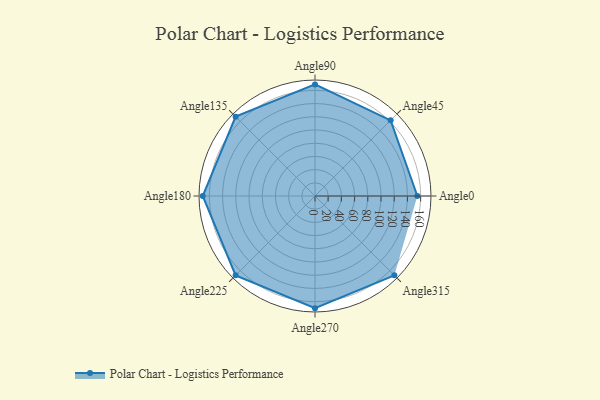
{"axis": {"x": "Angle", "y": "Radius"}, "legend": [""], "data": [{"x": "Angle0", "y": 155.0, "type": ""}, {"x": "Angle45", "y": 162.0, "type": ""}, {"x": "Angle90", "y": 169.0, "type": ""}, {"x": "Angle135", "y": 170, "type": ""}, {"x": "Angle180", "y": 170, "type": ""}, {"x": "Angle225", "y": 170, "type": ""}, {"x": "Angle270", "y": 170, "type": ""}, {"x": "Angle315", "y": 170, "type": ""}]}